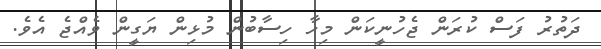
ދަތުރު ފަސް ކުރަން ޖެހުނީކަން މިހާ ހިސާބުން މުޅިން ޔަގީން ވެއްޖެ އެވެ.